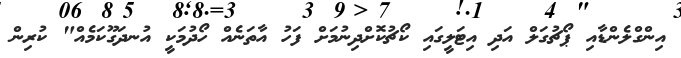
އިންގްލެންޑާއި ޕޯޗުގަލް އަދި އިޓަލީގައި ކޯޗުކޮށްދިނުމަށް ފަހު އާތަނެއް ހޯދުމަކީ އުނދަގޫކަމެއް" ކުރިން